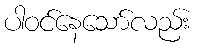
ပါဝင်နေသော်လည်း